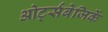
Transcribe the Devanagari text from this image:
ओर्ट्सबेजिर्के